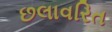
છલાવરિત